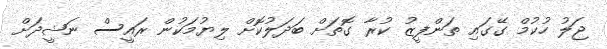
ޖަލު ހުކުމް ގޭގައި ތަންފީޒު ކުރާ ގޮތަށް ބަދަލުކޮށް ލިޔުމަކުން ރައީސް ނަޝީދަށް